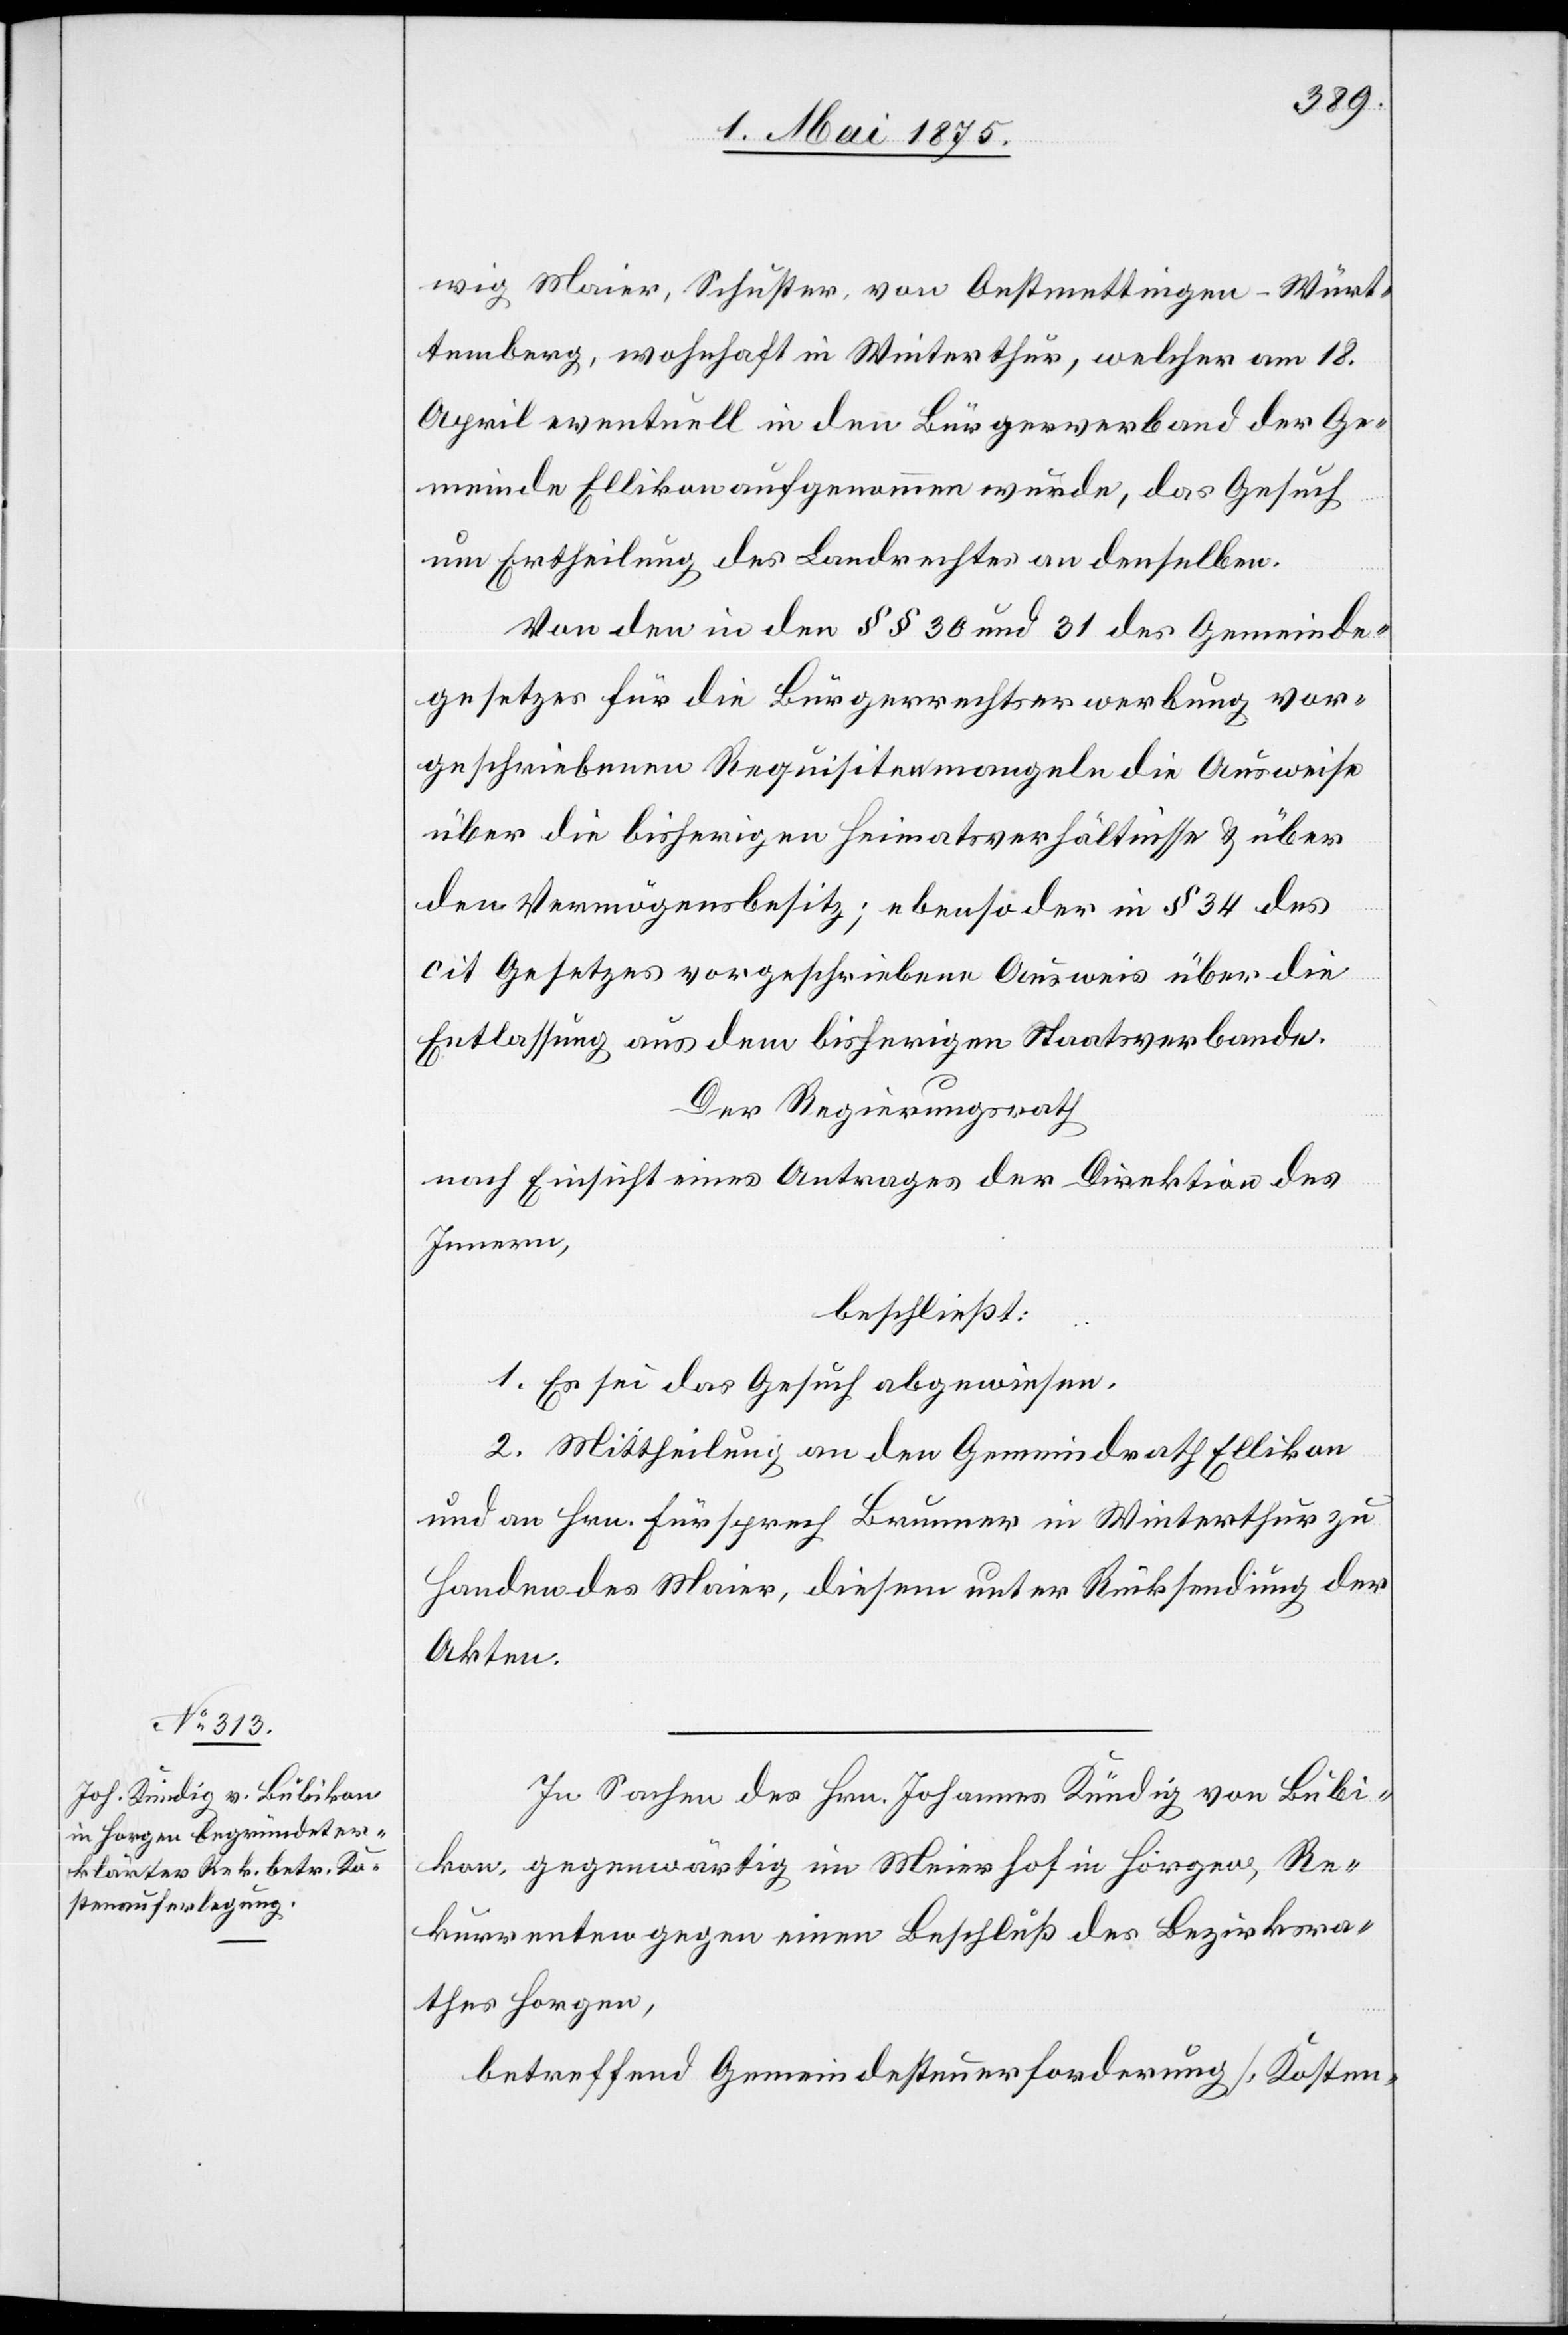
Würt¬
temberg, wohnhaft in Winterthur, welcher am 18.
April eventuell in den Bürgerverband der Ge¬
meinde Ellikon aufgenommen wurde, das Gesuch
um Ertheilung des Landrechtes an denselben.
Von den in den §§ 30 und 31 des Gemeinde¬
gesetzes für die Bürgerrechtserwerbung vor¬
geschriebenen Requisiten mangeln die Ausweise
über die bisherigen Heimatverhältnisse & über
den Vermögensbesitz; ebenso der in § 34 des
cit. Gesetzes vorgeschriebene Ausweis über die
Entlassung aus dem bisherigen Staatsverbande.
Der Regierungsrath
nach Einsicht eines Antrages der Direktion des
Innern,
beschließt:
1. Es sei das Gesuch abgewiesen.
2. Mittheilung an den Gemeindrath Ellikon
und an Hrn. Fürsprech Brunner in Winterthur zu
Handen des Maier, diesem unter Rücksendung der
Akten.
In Sachen des Hrn. Johannes Kündig von Bubi¬
kon gegenwärtig im Meierhof in Horgen, Re¬
kurrenten gegen einen Beschluss des Bezirksra¬
thes Horgen,
betreffend Gemeindesteuerforderung [Kosten-